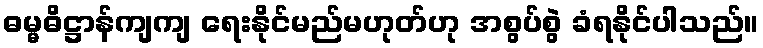
ဓမ္မဓိဋ္ဌာန်ကျကျ ရေးနိုင်မည်မဟုတ်ဟု အစွပ်စွဲ ခံရနိုင်ပါသည်။